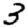
Digit: 3